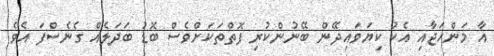
އާ މަންހަޖާއި އެކު ކިޔަވައިދޭން ބޭނުންކުރި ފޮތްތަކަށްވެސް ބޮޑު ބަދަލެއް ގެނެސްފަ އެވެ.